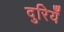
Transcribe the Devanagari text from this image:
दुरियँ